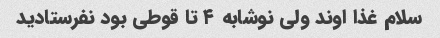
سلام غذا اوند ولی نوشابه ۴ تا قوطی بود نفرستادید